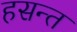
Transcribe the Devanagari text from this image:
हसन्त